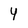
Character: Y